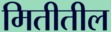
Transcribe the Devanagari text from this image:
मितीतील